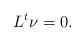
LaTeX: \begin{align*} L^t\nu=0.\end{align*}